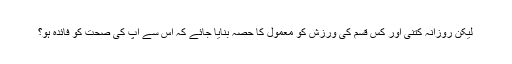
لیکن روزانہ کتنی اور کس قسم کی ورزش کو معمول کا حصہ بنایا جائے کہ اس سے آپ کی صحت کو فائدہ ہو؟